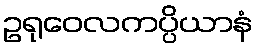
ဥရုဝေလကပ္ပိယာနံ